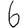
Digit: 6